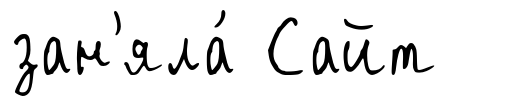
зан'яла́ Сайт